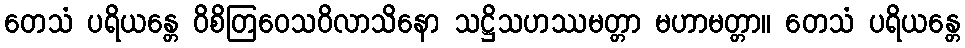
တေသံ ပရိယန္တေ ဝိစိတြဝေသဝိလာသိနော သဋ္ဌိသဟဿမတ္တာ မဟာမတ္တာ။ တေသံ ပရိယန္တေ